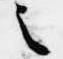
之